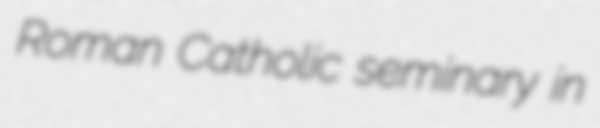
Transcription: Roman Catholic seminary in